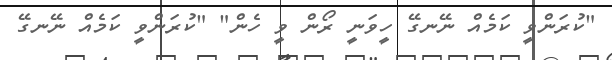
"ކުރަންވީ ކަމެއް ނޭނގޭ ހީވަނީ ރޯން ވީ ހެން" "ކުރަންވީ ކަމެއް ނޭނގޭ